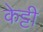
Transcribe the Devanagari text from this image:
केट्टी